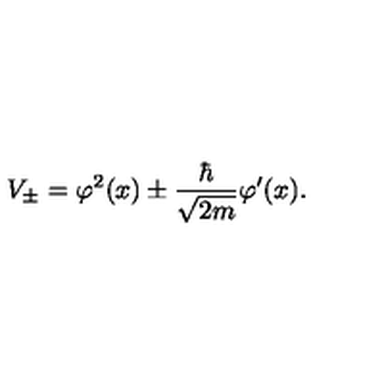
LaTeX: V _ { \pm } = \varphi ^ { 2 } ( x ) \pm \frac { \hbar } { \sqrt { 2 m } } \varphi ^ { \prime } ( x ) .